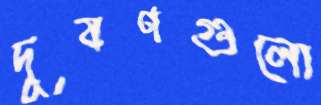
দূষণগুলো